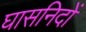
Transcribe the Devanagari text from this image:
घासनिदों